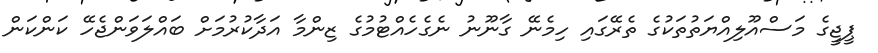
ޕީޖީގެ މަސްއޫލިއްޔަތުތަކުގެ ތެރޭގައި ހިމެނޭ ގާނޫނު ނެގެހެއްޓުމުގެ ޒިންމާ އަދާކުރުމަށް ބައްލަވަންޖެހޭ ކަންކަން